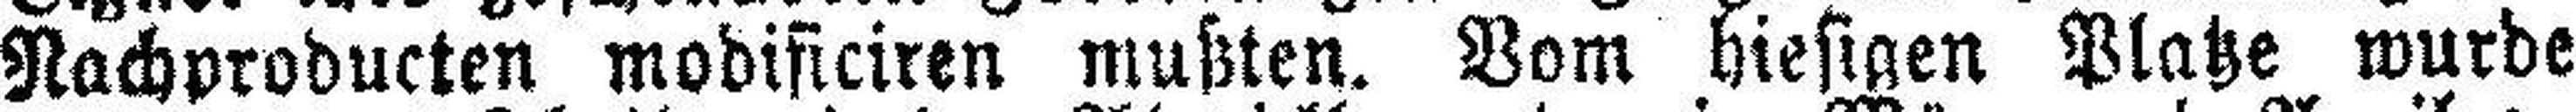
Nachproducten modificiren mußten. Vom hiesigen Platze wurde